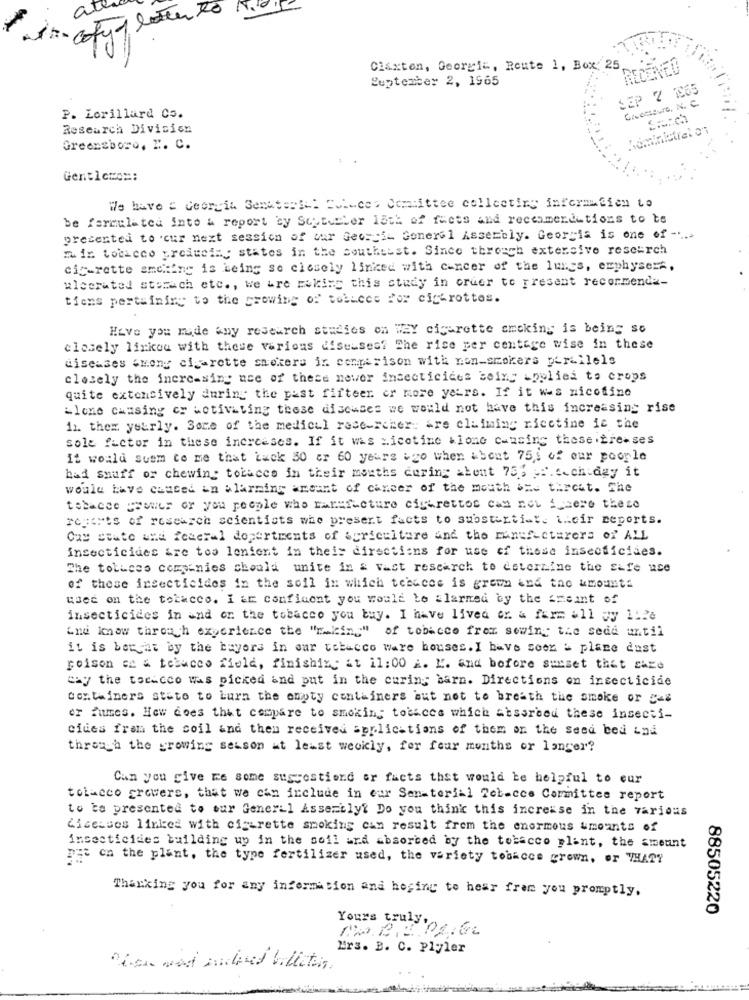
at
A copyof letter 20
Claxton, Georgit, Route 1, Box' 25
RECEIVED
September 2, 1965
SEP 2 165
Grosssure, N. C.
P. Lorillard Co.
Research Division
Greensboro, W. C.
Gentlemo =:
We have = Georgia Sendtertel Chinees Committee collecting information to
be formulated Into a report by September 18th of facts and recommendations to to
presented to our next session of our Georgi- General Assembly. Georgia is one of -....
mix toricco producing states in the Southuist. Since through extensive research
cit-rette amchiny is being se closely linked with cancer of the lungs, emphysema,
ulcerated storach etc ., we are making this study in order to present recormende-
tiens pertaining to the growing of Bobices Por cicarottes.
Have you made any research studies on WEY cigarette smoking is being so
closely linkou with these various diseases? The rice per centage wise in these
diseases smeny cigarette smokers in congerison with non-smokers parallels
closely the inere-sing use of these never insecticides seiny applied to crops
quite extensively during the past fifteen or more yeLrs. If it was nicofine
Llone chasing or activating these diseases we would not have this increasing rise
11 them yearly. Some of the medical researcher are claiming niectine is the
sole factor in these increases. If it was nicotine kione causing these tre-ses
It would seem to me that tack 30 or 60 years ago when about 755 of our people
bad shuff or chewing tobacco in their mouths curing about 753 f.c.ch day it
would have caused an alarming amount of cancer of the mouth bie threat. The
tabacco cromer or you people who manufacture cigarettes cam not A hero these
regents of research scientists who present facts to substantiate their reports.
Cas state und federal departments of agriculture and the manufacturers of ALL
insecticides &re too lenient in theis directions for use of these insecticides.
The tolices companies should unite in a vast research to determine the safe use
of these insecticides in the soil in which tehaces is grown and the amount:
quer on the tobacco. I &m confident you would be alarmed by the amount of
insecticides in and or the tobacco you buy. I have lived or. a farm all gy 1:26
And know thros h experience the "raking" of tobacco frem sowing the sedd until
it is bergat by the buyers in war tobacco ware houses. I have soon a plane dust
poison ce & tebuceo field, finishing at il: 00 i. K. and before sunset that chce
why the tocacco was picked and put in the curing barn. Directions on insecticide
Containers stato to burn the empty containers mut not to breath the smoke or =a
er fumes. How does that compare to smoking tousces which absorbed these insecti-
cides fram the coil and then received applications of them on the seed bed ind
through the growing season at least weekly, for four months or langer?
Can you give me some suggestions or facts that would be helpful to eur
tolacco growers, that we can include in car Senatorial Tobacco Committee report
to to presented to our General Assertlyt Do you think this increase in the various
Licenses linked with cigarette smoking can result frem the enormous umounts of
insecticides building up in the soil and absorbed by the tobacco plant, the amount
Det on the plant, the type fertilizer used, the variety tobacce grown, or THAT?
Thanking you for any information and hoping to hear from you promptly.
88505220
Yours truly,
No.B.E. 02.6.
Ers. B. C. Plyler